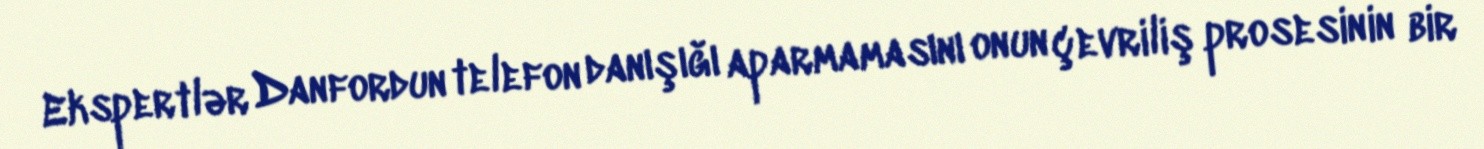
Ekspertlər Danfordun telefon danışığı aparmamasını onun çevriliş prosesinin bir